Vaccination in Burma 1920-1933 - 1920-1933
Year: 1920
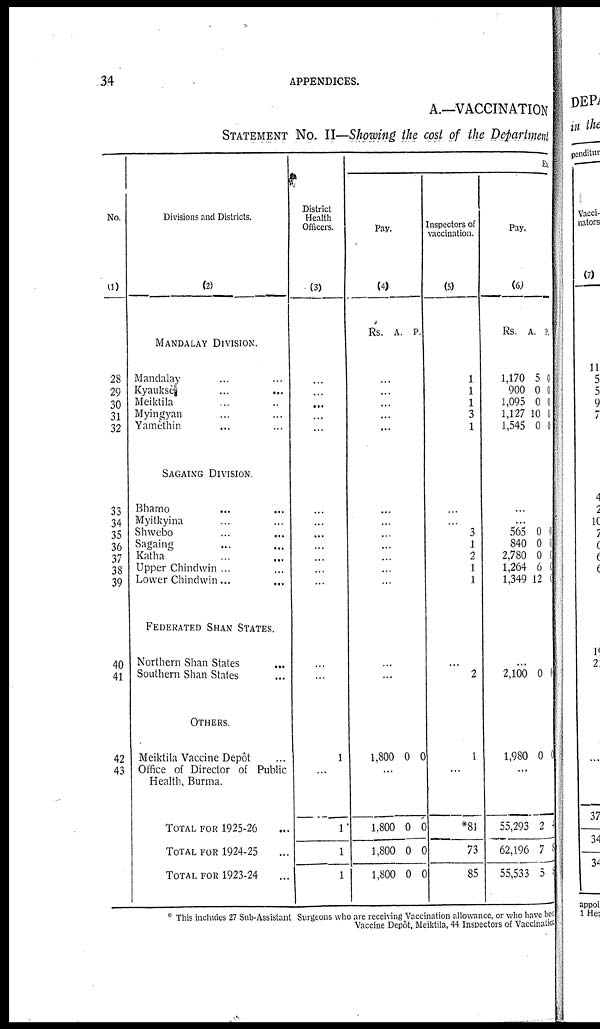
34
APPENDICES.
A.—VACCINATION
STATEMENT No. II—Showing the cost of the Department
No.
(1)
28
29
30
31
32
33
34
35
36
37
38
39
40
41
42
43
Divisions and Districts.
(2)
MANDALAY DIVISION.
Mandalay... ...
Kyauksè... ...
Meiktila... ...
Myingyan... ...
Yamèthin... ...
SAGAING DIVISION.
Bhamo... ...
Myitkyina... ...
Shwebo... ...
Sagaing... ...
Katha... ...
Upper Chindwin ...
Lower Chindwin...
FEDERATED SHAN STATES.
Northern Shan States... ...
Southern Shan States... ...
OTHERS.
Meiktila Vaccine Depôt... ...
Office of Director of Public...
Health, Burma.
TOTAL FOR 1925-26...
TOTAL FOR 1924-25...
TOTAL FOR 1923-24...
District
Health
Officers.
(3)
...
...
...
...
...
...
...
...
...
...
...
...
...
...
...
1
...
1
1
1
Ex
Pay.
(4)
Rs. A. P.
...
...
...
...
...
...
...
...
...
...
...
...
...
...
...
1,800 0 0
...
1,800
1,800
1,800
0
0
0
0
0
0
Inspectors of
vaccination.
(5)
1
1
1
3
1
...
...
3
1
2
1
1
...
2
...
1
...
*81
73
85
Pay.
(6)
Rs. A. P.
1,170
900
1,095
1,127
1,545
5
0
0
10
0
0
0
0
0
0
...
...
565
840
2,780
1,264
1,349
0
0
0
6
12
0
0
0
0
0
...
2,100 0 1
...
1,980 0 0
...
55,293
62,196
55,533
2
7
5
4
8
8
* This includes 27 Sub-Assistant Surgeons who are receiving Vaccination allowance, or who have been
Vaccine Depôt, Meiktila, 44 Inspectors of Vaccination